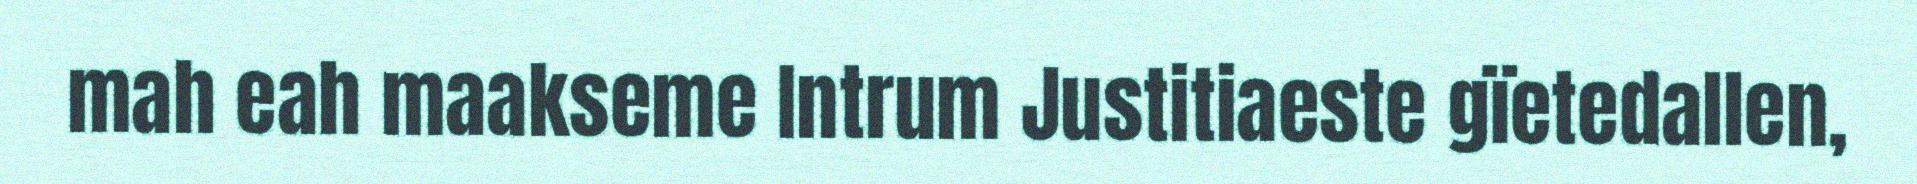
mah eah maakseme Intrum Justitiaeste gïetedallen,